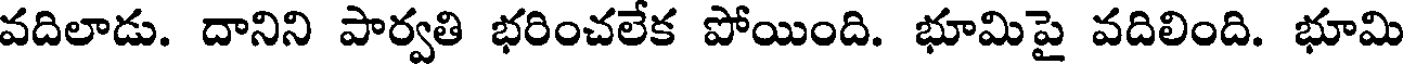
వదిలాడు. దానిని పార్వతి భరించలేక పోయింది. భూమిపై వదిలింది. భూమి